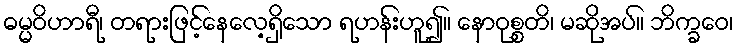
ဓမ္မဝိဟာရီ၊ တရားဖြင့်နေလေ့ရှိသော ရဟန်းဟူ၍။ နောဝုစ္စတိ၊ မဆိုအပ်။ ဘိက္ခဝေ၊